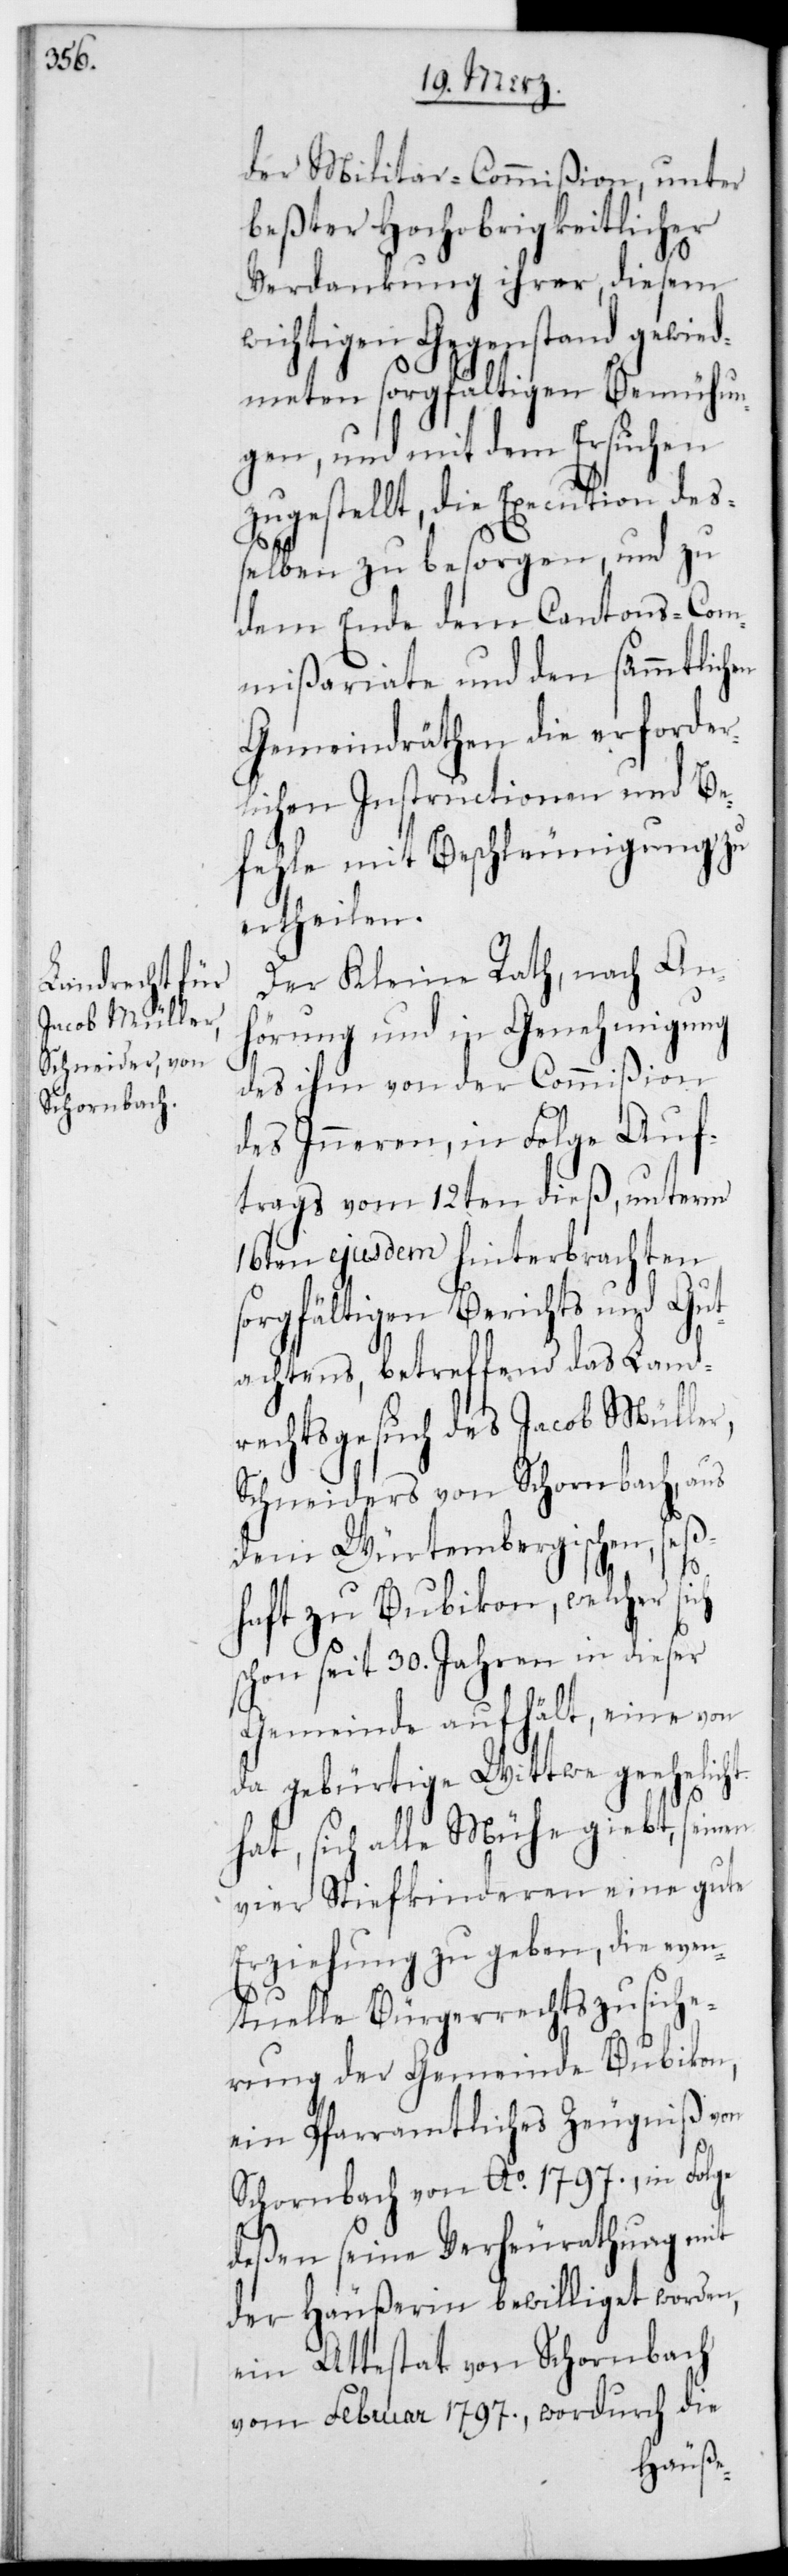
der Militar-Commißion, unter
beßter Hochobrigkeitlicher
Verdankung ihrer, diesem
wichtigen Gegenstand gewid¬
meten sorgfältigen Bemühun¬
gen, und mit dem Ersuchen
zugestellt, die Execution deß¬
elben zu besorgen, und zu
dem Ende dem Cantons-Com¬
mißariate und den sämmtlichen
Gemeindräthen, die erforder¬
lichen Instructionen und Be¬
fehle mit Beschleunigung zu
ertheilen.
Der Kleine Rath, nach An¬
hörung und in Genehmigung
des ihm von der Commißion
des Inneren, in Folge Auf¬
trags vom 12ten dieß, unterm
16ten ejusdem hinterbrachten
sorgfältigen Berichts und Gut¬
achtens, betreffend das Land¬
rechtsgesuch des Jacob Müller,
Schneiders von Schornbach aus
dem Würtembergischen, seß¬
haft zu Bubikon, welcher sich
schon seit 30. Jahren in dieser
Gemeinde aufhält, eine von
da gebürtige Wittwe geehelicht
hat, sich alle Mühe gibt, seinen
vier Stiefkinderen eine gute
Erziehung zu geben, die even¬
tuelle Bürgerrechtszusiche¬
rung der Gemeinde Bubikon,
ein pfarramtliches Zeugnis von
Schornbach von Ao. 1797., in Folge
deßen seine Verheirathung mit
der Häußerin bewilliget worden,
ein Attestat von Schornbach
vom Februar 1797., wordurch die